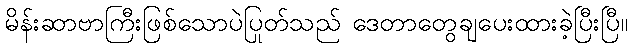
မိန်းဆာဗာကြီးဖြစ်သောပဲပြုတ်သည် ဒေတာတွေချပေးထားခဲ့ပြီးပြီ။